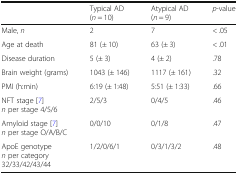
<table><thead><tr><td></td><td><b>Typical AD (<i>n</i> = 10)</b></td><td><b>Atypical AD (<i>n</i> = 9)</b></td><td><b><i>p</i>-value</b></td></tr></thead><tbody><tr><td>Male, <i>n</i></td><td>2</td><td>7</td><td>&lt; .05</td></tr><tr><td>Age at death</td><td>81 (± 10)</td><td>63 (± 3)</td><td>&lt; .01</td></tr><tr><td>Disease duration</td><td>5 (± 3)</td><td>4 (± 2)</td><td>.78</td></tr><tr><td>Brain weight (grams)</td><td>1043 (± 146)</td><td>1117 (± 161)</td><td>.32</td></tr><tr><td>PMI (h:min)</td><td>6:19 (± 1:48)</td><td>5:51 (± 1:33)</td><td>.66</td></tr><tr><td>NFT stage [7] <i>n</i> per stage 4/5/6</td><td>2/5/3</td><td>0/4/5</td><td>.46</td></tr><tr><td>Amyloid stage [7] <i>n</i> per stage O/A/B/C</td><td>0/0/10</td><td>0/1/8</td><td>.47</td></tr><tr><td>ApoE genotype <i>n</i> per category 32/33/42/43/44</td><td>1/2/0/6/1</td><td>0/3/1/3/2</td><td>.48</td></tr></tbody></table>